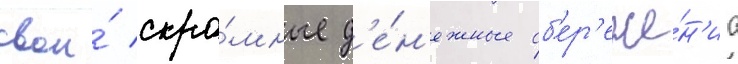
свои́ скро́мные д'е́н'ежные сб'ер'еже́н'иа